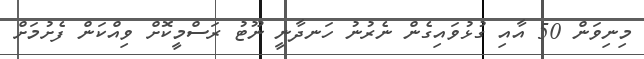
މިނިވަން 50 އާއި ގުޅުވައިގެން ނެރުނު ހަނދާނީ ނޫޓު ރަސްމީކޮށް ވިއްކަން ފެށުމަށް